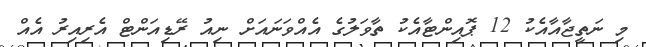
މި ނަތީޖާއާއެކު 12 ޕޮއިންޓާއެކު ތާވަލުގެ އެއްވަނައަށް ނިއު ރޭޑިއަންޓް އެރިއިރު އެއް